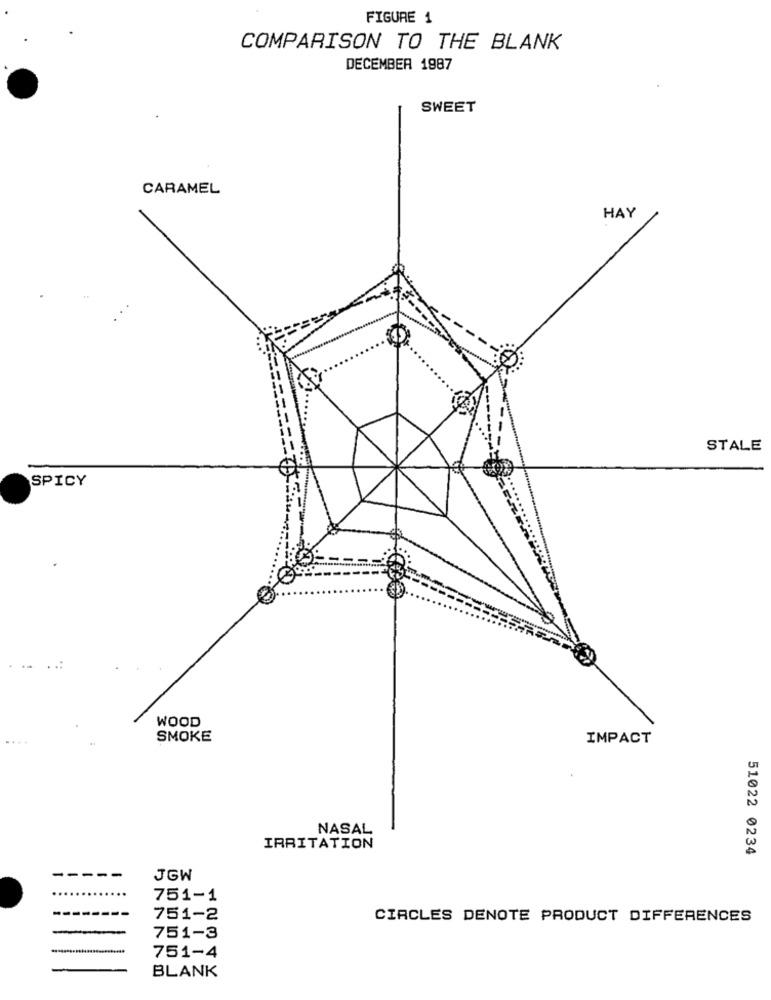
FIGURE 1
COMPARISON TO THE BLANK
DECEMBER 1987
SWEET
CARAMEL
HAY
STALE
SPICY
WOOD
SMOKE
IMPACT
NASAL
IRRITATION
51022 0234
-----
JGW
751-1
751-2
CIRCLES DENOTE PRODUCT DIFFERENCES
751-3
751-4
BLANK